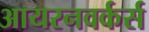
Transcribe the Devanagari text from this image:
आयरनवर्कर्स